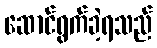
ဆောင်ရွက်ခဲ့ရသည်